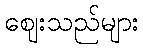
ဈေးသည်များ